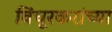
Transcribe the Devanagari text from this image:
विंचूरकरांच्या